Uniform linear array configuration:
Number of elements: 16
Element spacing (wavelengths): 1
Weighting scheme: exponential
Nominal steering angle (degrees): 15
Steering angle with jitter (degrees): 16.461
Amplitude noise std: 0.05
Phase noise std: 0.05

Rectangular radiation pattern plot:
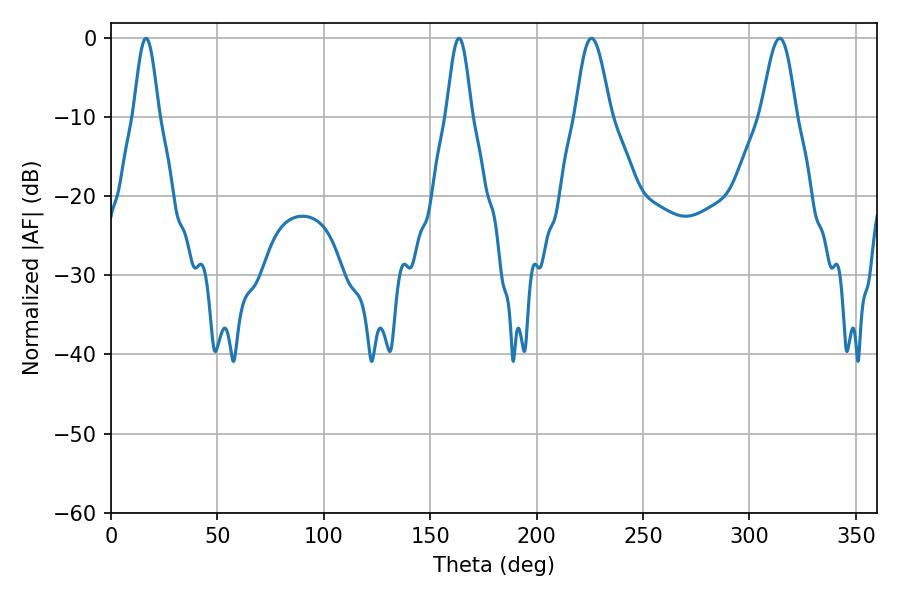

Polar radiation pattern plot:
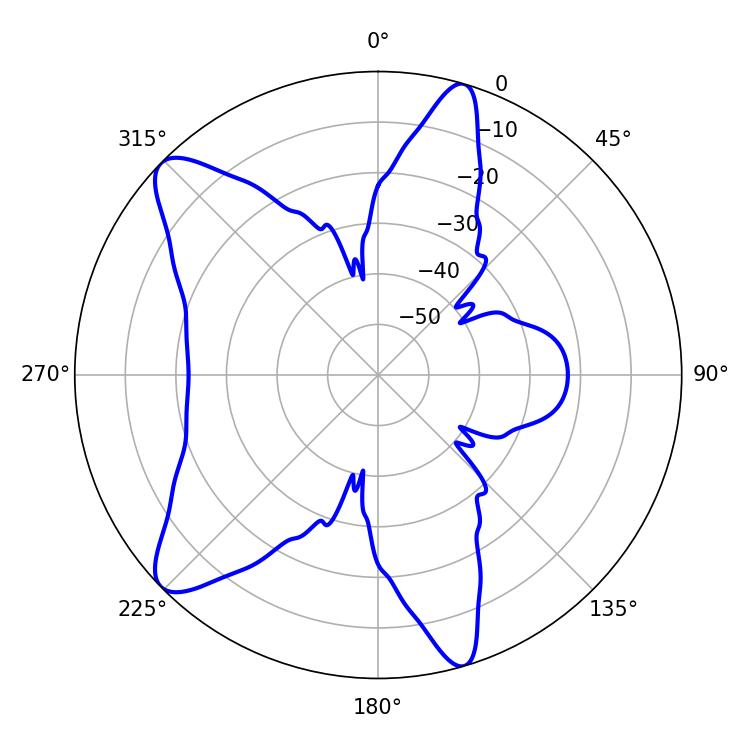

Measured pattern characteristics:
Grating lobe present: TRUE
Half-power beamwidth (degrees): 8.82
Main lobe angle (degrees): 225.72